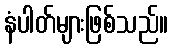
နံပါတ်များဖြစ်သည်။